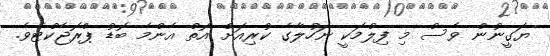
ޔަގީނުން ވެސް މި ފިލްމަކީ ނަހުލާގެ ކުރިއަށް އޮތް އެންމެ ބޮޑު ޕްރޮޖެކްޓެވެ.